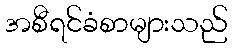
အစီရင်ခံစာများသည်